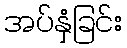
အပ်နှံခြင်း